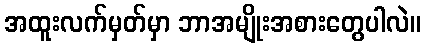
အထူးလက်မှတ်မှာ ဘာအမျိုးအစားတွေပါလဲ။